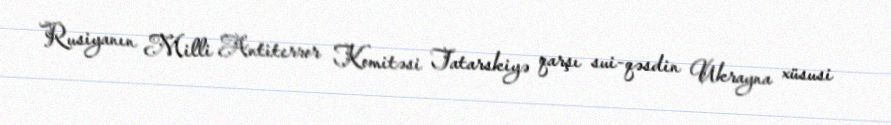
Rusiyanın Milli Antiterror Komitəsi Tatarskiyə qarşı sui-qəsdin Ukrayna xüsusi